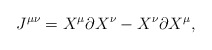
\begin{align*}J^{\mu\nu} = X^{\mu} \partial X^{\nu} - X^{\nu} \partial X^{\mu},\end{align*}